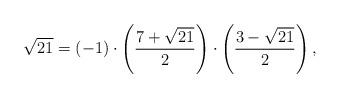
LaTeX: \begin{align*} \sqrt{21} = (-1) \cdot \left(\frac{7+\sqrt{21}}{2}\right) \cdot \left(\frac{3-\sqrt{21}}{2}\right),\end{align*}